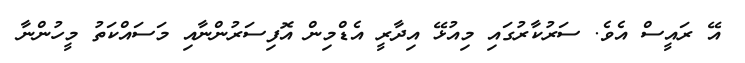
އޭ ރައީސް އެވެ. ސަރުކާރުގައި މިއުޅޭ އިދާރީ އެޑްމިން އޮފިސަރުންނާއި މަސައްކަތު މީހުންނާ